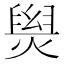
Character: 𤌑